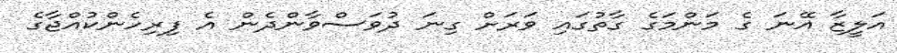
އަލީޒާ އޭނަ ގެ މަންމަގެ ގާތުގައި ވަރަށް ގިނަ ދުވަސްވާންދެން އެ ފިރިހެންކުއްޖާގެ